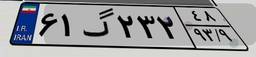
۶۱گ۲۳۲۴۸